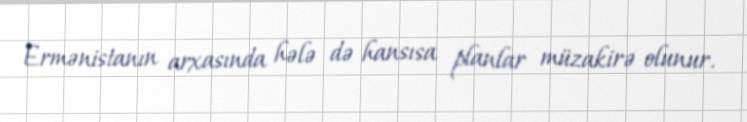
Ermənistanın arxasında hələ də hansısa planlar müzakirə olunur.